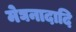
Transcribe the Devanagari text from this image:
मेघनादादि